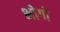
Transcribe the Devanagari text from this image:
भोगो